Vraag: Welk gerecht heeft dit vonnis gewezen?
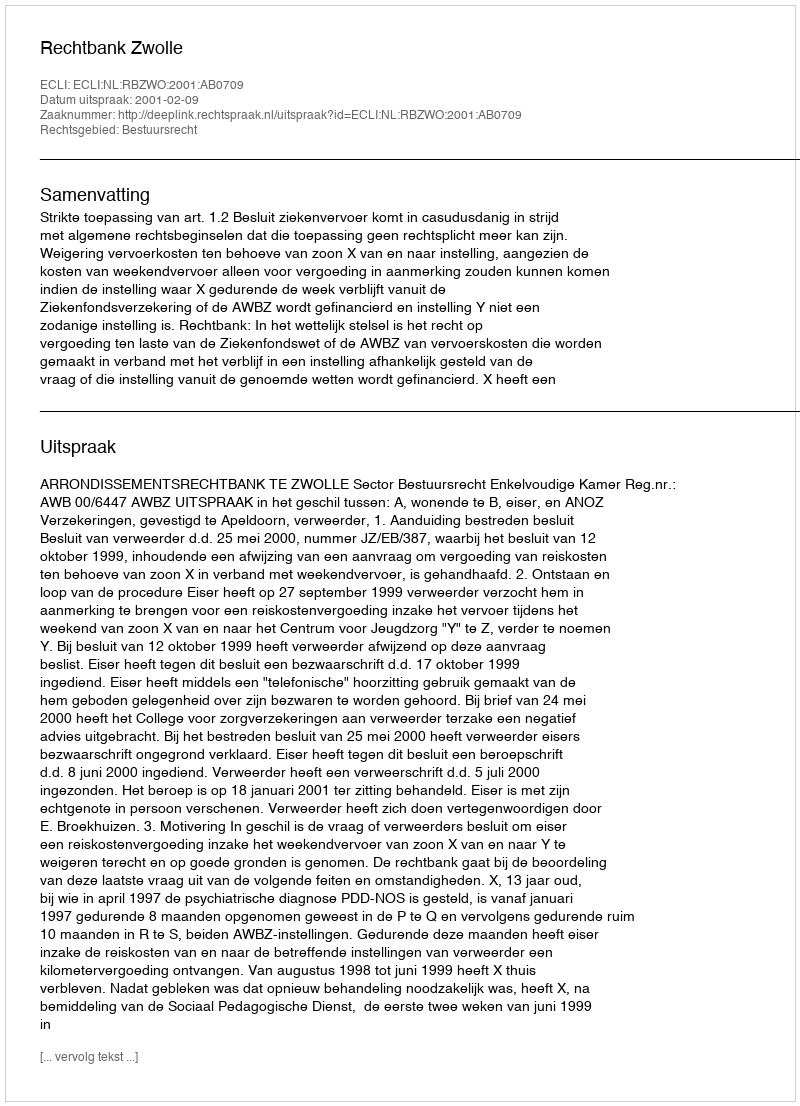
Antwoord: Rechtbank Zwolle